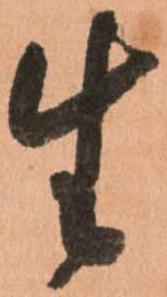
生